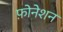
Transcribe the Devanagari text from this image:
फ़ोनेशन